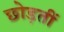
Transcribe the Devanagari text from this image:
छोड़तीं